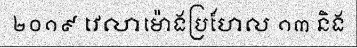
២០១៩ វេលាម៉ោងប្រហែល ១៣ និង